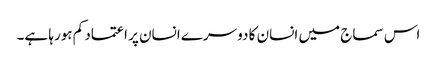
اس سماج میں انسان کا دوسرے انسان پر اعتماد کم ہورہا ہے۔